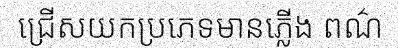
ជ្រើសយកប្រភេទមានភ្លើង ពណ៌